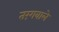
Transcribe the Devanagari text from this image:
तरंगवाले